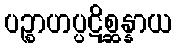
ပဉ္စာဟပ္ပဋိစ္ဆန္နာယ